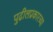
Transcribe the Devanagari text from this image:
पुढीलप्रकारच्या